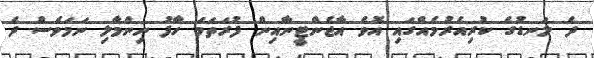
ދެ ލަނޑުގެ ކުރިއެރުމެއްގައި އޮވެ އާޖެންޓީނާއިން ފުރަތަމަ ހާފު ނިންމާލި ނަމަވެސް ދެ